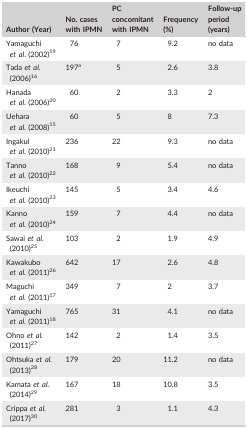
<table><thead><tr><td><b>Author (Year)</b></td><td><b>No. cases with IPMN</b></td><td><b>PC concomitant with IPMN</b></td><td><b>Frequency (%)</b></td><td><b>Follow‐up period (years)</b></td></tr></thead><tbody><tr><td>Yamaguchi <i>et al</i>. (2002)19</td><td>76</td><td>7</td><td>9.2</td><td>no data</td></tr><tr><td>Tada <i>et al</i>. (2006)16</td><td>197a</td><td>5</td><td>2.6</td><td>3.8</td></tr><tr><td>Hanada <i>et al</i>. (2006)20</td><td>60</td><td>2</td><td>3.3</td><td>2</td></tr><tr><td>Uehara <i>et al</i>. (2008)15</td><td>60</td><td>5</td><td>8</td><td>7.3</td></tr><tr><td>Ingakul <i>et al</i>. (2010)21</td><td>236</td><td>22</td><td>9.3</td><td>no data</td></tr><tr><td>Tanno <i>et al</i>. (2010)22</td><td>168</td><td>9</td><td>5.4</td><td>no data</td></tr><tr><td>Ikeuchi <i>et al</i>. (2010)23</td><td>145</td><td>5</td><td>3.4</td><td>4.6</td></tr><tr><td>Kanno <i>et al</i>. (2010)24</td><td>159</td><td>7</td><td>4.4</td><td>no data</td></tr><tr><td>Sawai <i>et al</i>. (2010)25</td><td>103</td><td>2</td><td>1.9</td><td>4.9</td></tr><tr><td>Kawakubo <i>et al</i>. (2011)26</td><td>642</td><td>17</td><td>2.6</td><td>4.8</td></tr><tr><td>Maguchi <i>et al</i>. (2011)17</td><td>349</td><td>7</td><td>2</td><td>3.7</td></tr><tr><td>Yamaguchi <i>et al</i>. (2011)18</td><td>765</td><td>31</td><td>4.1</td><td>no data</td></tr><tr><td>Ohno <i>et al</i>. (2011)27</td><td>142</td><td>2</td><td>1.4</td><td>3.5</td></tr><tr><td>Ohtsuka <i>et al</i>. (2013)28</td><td>179</td><td>20</td><td>11.2</td><td>no data</td></tr><tr><td>Kamata <i>et al</i>. (2014)29</td><td>167</td><td>18</td><td>10.8</td><td>3.5</td></tr><tr><td>Crippa <i>et al</i>. (2017)30</td><td>281</td><td>3</td><td>1.1</td><td>4.3</td></tr></tbody></table>